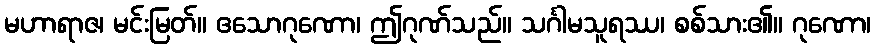
မဟာရာဇ၊ မင်းမြတ်။ ဧသောဂုဏော၊ ဤဂုဏ်သည်။ သင်္ဂါမသူရဿ၊ စစ်သား၏။ ဂုဏော၊